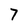
Character: 7